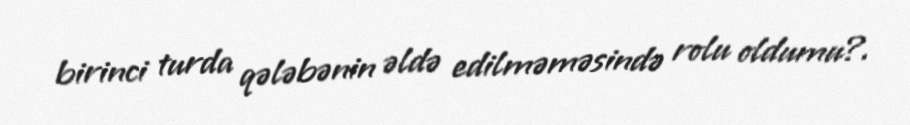
birinci turda qələbənin əldə edilməməsində rolu oldumu?.